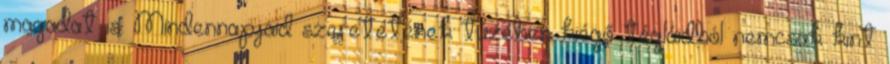
magadat is. Mindennapjaid szeretetének tüzében kiégő tégláidból nemcsak kint